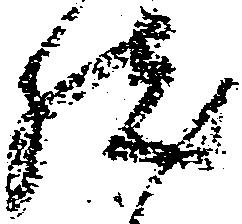
然